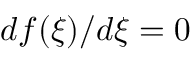
d f ( \xi ) / d \xi = 0